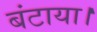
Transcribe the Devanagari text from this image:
बंटाया।